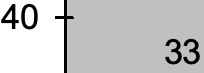
40 33